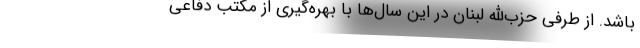
باشد. از طرفی حزب‌الله لبنان در این سال‌ها با بهره‌گیری از مکتب دفاعی